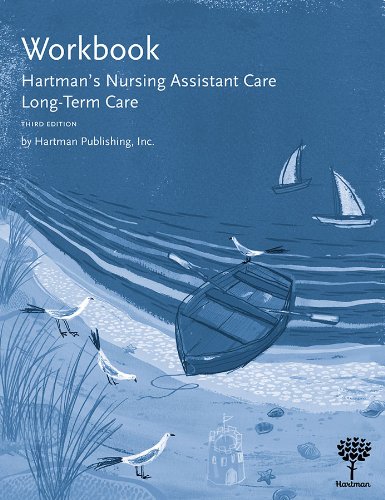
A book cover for Workbook for Hartman's Nursing Assistant Care: Long-Term Care, 3e; Hartman Publishing Inc.; Medical Books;